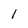
Character: 1